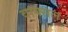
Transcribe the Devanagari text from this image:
वाक्‍सल